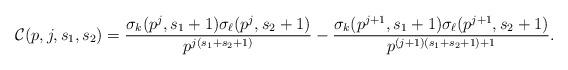
LaTeX: \begin{align*} \mathcal{C}(p,j,s_1,s_2) = \frac{\sigma_{k}(p^j,s_1+1) \sigma_{\ell}(p^j,s_2+1)} {p^{j(s_1+s_2+1)}} - \frac{\sigma_{k}(p^{j+1},s_1+1) \sigma_{\ell}(p^{j+1},s_2+1)}{p^{(j+1)(s_1+s_2+1)+1}}.\end{align*}